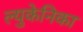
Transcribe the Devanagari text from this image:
ल्युकेनिका